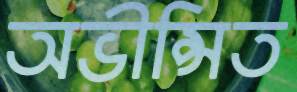
অভীপ্সিত